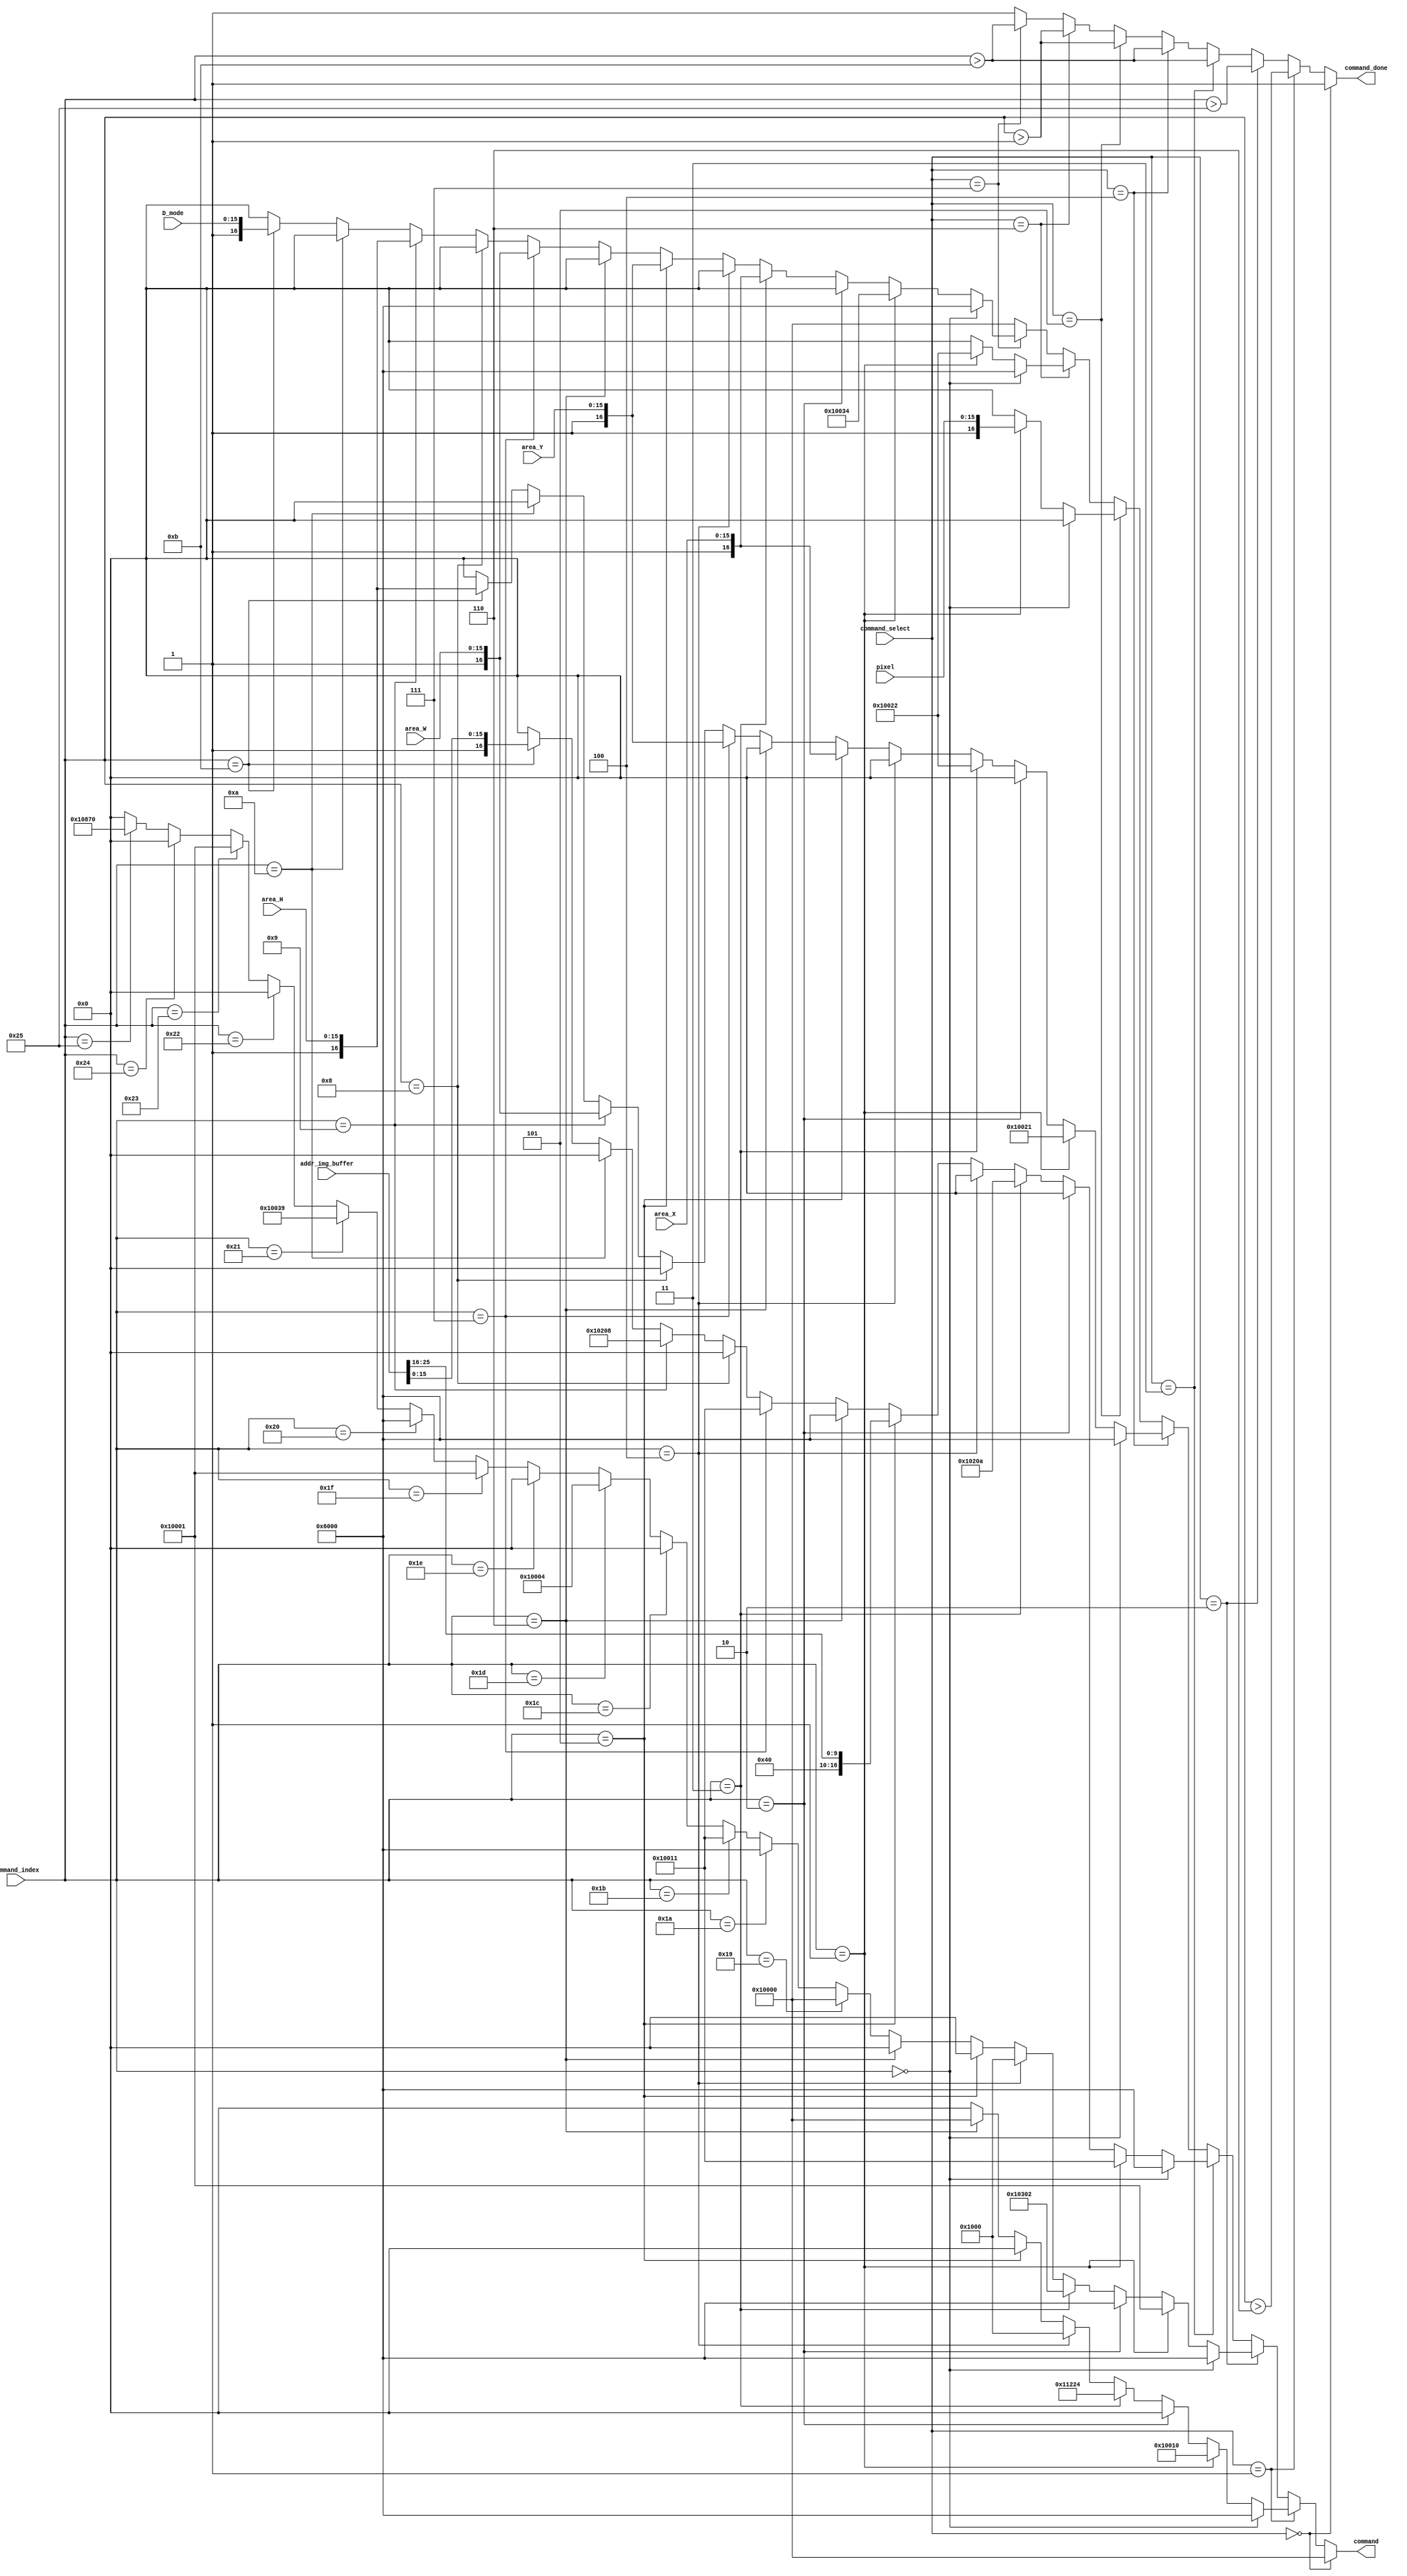
module command_generator(
	input wire [25:0]addr_img_buffer,
	input wire [15:0]area_X,
	input wire [15:0]area_Y,
	input wire [15:0]area_W,
	input wire [15:0]area_H,
	input wire [15:0]pixel,
	input wire [15:0]D_mode,
	input wire [7:0]command_select,
	input wire [7:0]command_index,
	output wire [16:0]command,
	output wire command_done
);

//commands  [16]need to release CS, [15:0]actual command

	//1
	wire [16:0]command_query_for_ready = 
		//read ready flag
		command_index ==  0 ? 17'h0_6000 :		//cmd
		command_index ==  1 ? 17'h1_0010 :		//cmd: read register
		command_index ==  2 ? 17'h0_0000 :		//data
		command_index ==  3 ? 17'h1_1224 :		//data: register adress: LUT Status Reg
		command_index ==  4 ? 17'h0_1000 :		//read data
		command_index ==  5 ? 17'h0_0000 :		//wait for data
		command_index ==  6 ? 17'h1_0000 :		//reading: LUT Status Reg
		17'h0_0000;
	wire doneflag_query_for_ready = ( command_index > 6 );
	
	//2
	wire [16:0]command_initialize = 
		//start system
		command_index ==  0 ? 17'h0_6000 :		//cmd
		command_index ==  1 ? 17'h1_0001 :		//cmd: system run
		//acquire device info
		command_index ==  2 ? 17'h0_6000 :		//cmd
		command_index ==  3 ? 17'h1_0302 :		//cmd: get dev info
		command_index ==  4 ? 17'h0_1000 :		//read data
		command_index ==  5 ? 17'h0_0000 :		//wait for data
		command_index ==  6 ? 17'h0_0000 :		//start reading
		command_index == 25 ? 17'h1_0000 :		//finish reading
		//enable packed write
		command_index == 26 ? 17'h0_6000 :		//cmd
		command_index == 27 ? 17'h1_0011 :		//cmd: write register
		command_index == 28 ? 17'h0_0000 :		//data
		command_index == 29 ? 17'h1_0004 :		//data: register adress: I80CPCR
		command_index == 30 ? 17'h0_0000 :		//data
		command_index == 31 ? 17'h1_0001 :		//data: enable
		//set vcom
		command_index == 32 ? 17'h0_6000 :		//cmd
		command_index == 33 ? 17'h1_0039 :		//cmd: vcom
		command_index == 34 ? 17'h0_0000 :		//data
		command_index == 35 ? 17'h1_0001 :		//data: mode: set
		command_index == 36 ? 17'h0_0000 :		//data
		command_index == 37 ? 17'h1_0870 :		//data: vcom: -2.16 (aka 2160)
		17'h0_0000;
	wire doneflag_initialize = ( command_index > 37 );
	
	//3
	wire [16:0]command_set_memory_address = 
		//set target memory address
		command_index ==  0 ? 17'h0_6000 :		//cmd
		command_index ==  1 ? 17'h1_0011 :		//cmd: write register
		command_index ==  2 ? 17'h0_0000 :		//data
		command_index ==  3 ? 17'h1_020A :		//data: register adress: LISAR+2
		command_index ==  4 ? 17'h0_0000 :		//data
		command_index ==  5 ? {1'b1,6'b0,addr_img_buffer[25:16]} :
												//data: addr[25:16]
		command_index ==  6 ? 17'h0_6000 :		//cmd
		command_index ==  7 ? 17'h1_0011 :		//cmd: write register
		command_index ==  8 ? 17'h0_0000 :		//data
		command_index ==  9 ? 17'h1_0208 :		//data: register adress: LISAR
		command_index == 10 ? 17'h0_0000 :		//data
		command_index == 11 ? {1'b1,addr_img_buffer[15:0]} :
												//data: addr[15:0]
		17'h0_0000;
	wire doneflag_set_memory_address = ( command_index > 11 );
	
	//4
	wire [16:0]command_load_image_start = 
		//start loading image area
		command_index ==  0 ? 17'h0_6000 :		//cmd
		command_index ==  1 ? 17'h1_0021 :		//cmd: load area image
		command_index ==  2 ? 17'h0_0000 :		//data
		command_index ==  3 ? 17'h1_0022 :		//data: image info (little endian, 4 bits per pixel, rotate 180)
		command_index ==  4 ? 17'h0_0000 :		//data
		command_index ==  5 ? {1'b1,area_X} :	//data: area X
		command_index ==  6 ? 17'h0_0000 :		//data
		command_index ==  7 ? {1'b1,area_Y} :	//data: area Y
		command_index ==  8 ? 17'h0_0000 :		//data
		command_index ==  9 ? {1'b1,area_W} :	//data: area W
		command_index == 10 ? 17'h0_0000 :		//data
		command_index == 11 ? {1'b1,area_H} :	//data: area H
		17'h0_0000;
	wire doneflag_load_image_start = ( command_index > 11 );
	
	//5
	wire [16:0]command_load_image_transfer = 
		//end loading image
		command_index ==  0 ? 17'h0_0000 :		//data
		command_index ==  1 ? {1'b1,pixel} :	//data: pixels
		17'h0_0000;
	wire doneflag_load_image_transfer = ( command_index > 1 );
	
	//6
	wire [16:0]command_load_image_end = 
		//end loading image
		command_index ==  0 ? 17'h0_6000 :		//cmd
		command_index ==  1 ? 17'h1_0022 :		//cmd: load image end
		17'h0_0000;
	wire doneflag_load_image_end = ( command_index > 1 );
	
	//7
	wire [16:0]command_display_image = 
		//display image area
		command_index ==  0 ? 17'h0_6000 :		//cmd
		command_index ==  1 ? 17'h1_0034 :		//cmd: load area image
		command_index ==  2 ? 17'h0_0000 :		//data
		command_index ==  3 ? {1'b1,area_X} :	//data: area X
		command_index ==  4 ? 17'h0_0000 :		//data
		command_index ==  5 ? {1'b1,area_Y} :	//data: area Y
		command_index ==  6 ? 17'h0_0000 :		//data
		command_index ==  7 ? {1'b1,area_W} :	//data: area W
		command_index ==  8 ? 17'h0_0000 :		//data
		command_index ==  9 ? {1'b1,area_H} :	//data: area H
		command_index == 10 ? 17'h0_0000 :		//data
		command_index == 11 ? {1'b1,D_mode} :	//data: INIT mode (0) / GC16 mode (2)
		17'h0_0000;
	wire doneflag_display_image = ( command_index > 11 );
	
	
	//command output
	assign command = 
		command_select ==  0 ? 17'h1_0000 :
		command_select ==  1 ? command_query_for_ready :
		command_select ==  2 ? command_initialize :
		command_select ==  3 ? command_set_memory_address :
		command_select ==  4 ? command_load_image_start :
		command_select ==  5 ? command_load_image_transfer :
		command_select ==  6 ? command_load_image_end :
		command_select ==  7 ? command_display_image :
		17'h1_0000;
	assign command_done =
		command_select ==  0 ? 1'b1 :
		command_select ==  1 ? doneflag_query_for_ready :
		command_select ==  2 ? doneflag_initialize :
		command_select ==  3 ? doneflag_set_memory_address :
		command_select ==  4 ? doneflag_load_image_start :
		command_select ==  5 ? doneflag_load_image_transfer :
		command_select ==  6 ? doneflag_load_image_end :
		command_select ==  7 ? doneflag_display_image :
		1'b1;


endmodule